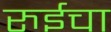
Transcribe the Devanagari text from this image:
रुईचा